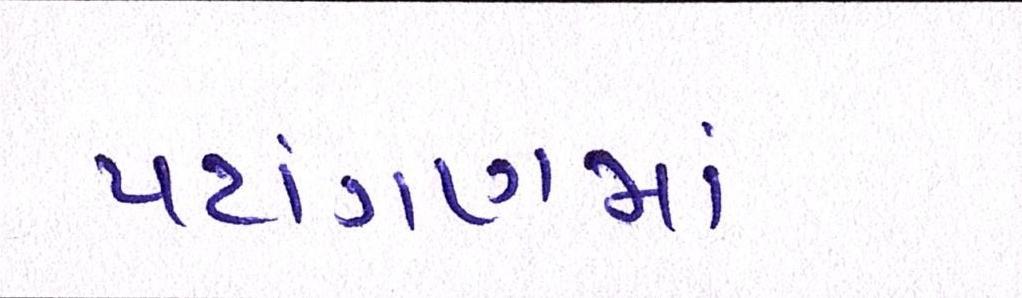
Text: પટાંગણમાં